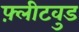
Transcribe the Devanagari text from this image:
फ़्लीटवुड